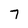
Character: 7